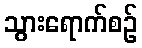
သွားရောက်စဉ်